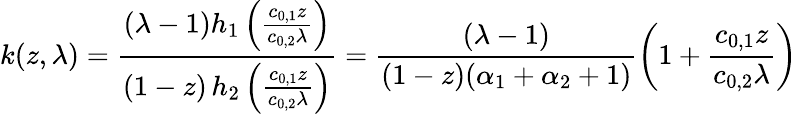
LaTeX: k(z,\lambda)=\frac{(\lambda-1)h_{1}\left(\frac{c_{0,1}z}{c_{0,2}\lambda}\right)}{(1-z)\, h_{2}\left(\frac{c_{0,1}z}{c_{0,2}\lambda}\right)}=\frac{(\lambda-1)}{(1-z)(\alpha_{1}+\alpha_{2}+1)}\left(1+\frac{c_{0,1}z}{c_{0,2}\lambda}\right)